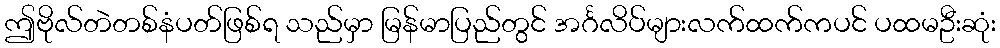
ဤဗိုလ်တဲတစ်နံပတ်ဖြစ်ရ သည်မှာ မြန်မာပြည်တွင် အင်္ဂလိပ်များလက်ထက်ကပင် ပထမဦးဆုံး